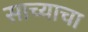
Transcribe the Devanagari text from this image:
साच्याचा